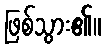
ဖြစ်သွား၏။